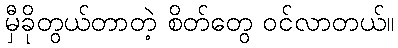
မှီခိုတွယ်တာတဲ့ စိတ်တွေ ဝင်လာတယ်။